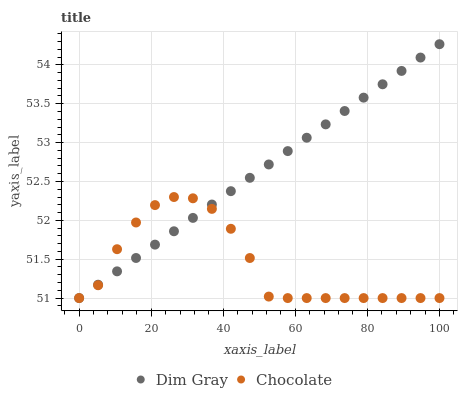
| xaxis_label | Dim Gray | Chocolate |
 | --- | --- | --- |
 | 0 | 51 | 51 |
 | 5.26 | 51.2 | 51.2 |
 | 10.5 | 51.3 | 51.6 |
 | 15.8 | 51.5 | 52 |
 | 21.1 | 51.7 | 52.2 |
 | 26.3 | 51.9 | 52.3 |
 | 31.6 | 52 | 52.3 |
 | 36.8 | 52.2 | 52.1 |
 | 42.1 | 52.4 | 51.9 |
 | 47.4 | 52.5 | 51.5 |
 | 52.6 | 52.7 | 51 |
 | 57.9 | 52.9 | 51 |
 | 63.2 | 53.1 | 51 |
 | 68.4 | 53.2 | 51 |
 | 73.7 | 53.4 | 51 |
 | 78.9 | 53.6 | 51 |
 | 84.2 | 53.8 | 51 |
 | 89.5 | 53.9 | 51 |
 | 94.7 | 54.1 | 51 |
 | 100 | 54.3 | 51 |